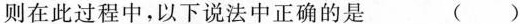
则在此过程中，以下说法中正确的是 ()